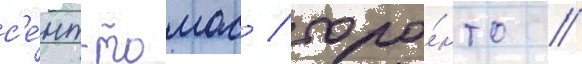
с'е́нт-томас / торо́нто /